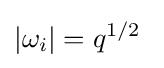
|\omega _{i}|=q^{1/2}\